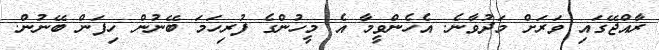
ރާއްޖޭގައި ވަރަށް މަދުވާނެ. އެހެންވީމާ އެ މީހުންގެ ފުރިހަމަ ބޭނުން ހިފަން ބޭނުން.